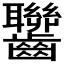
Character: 𪚁